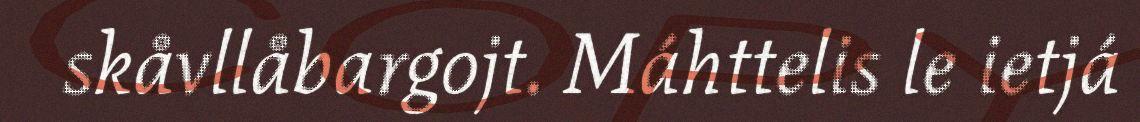
skåvllåbargojt. Máhttelis le ietjá